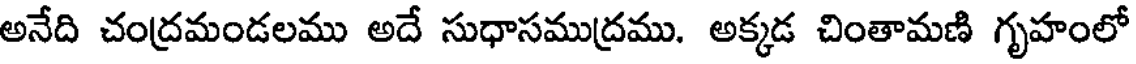
అనేది చంద్రమండలము అదే సుధాసముద్రము. అక్కడ చింతామణి గృహంలో